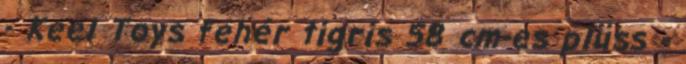
- Keel Toys fehér tigris 58 cm-es plüss -